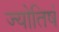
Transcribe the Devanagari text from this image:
ज्योतिषं